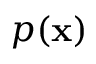
p ( \mathbf { x } )